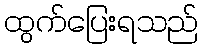
ထွက်ပြေးရသည်